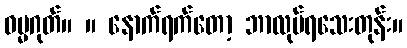
ဓမ္မဂုတ်။ ။ နောက်ရက်တော့ ဘာလုပ်ရသေးတုန်း။